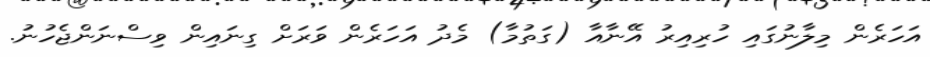
އަހަރެން މިލާނުގައި ހުރިއިރު އޭނާއާ (ގަތުމާ) މެދު އަހަރެން ވަރަށް ގިނައިން ވިސްނަންޖެހުނު.